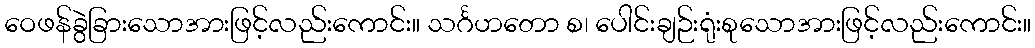
ဝေဖန်ခွဲခြားသောအားဖြင့်လည်းကောင်း။ သင်္ဂဟတော စ၊ ပေါင်းချဉ်းရုံးစုသောအားဖြင့်လည်းကောင်း။